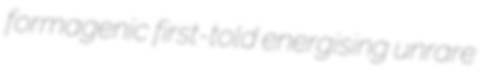
formagenic first-told energising unrare